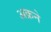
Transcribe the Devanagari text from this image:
अक्रने